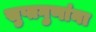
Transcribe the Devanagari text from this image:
सुप्तगुणांना